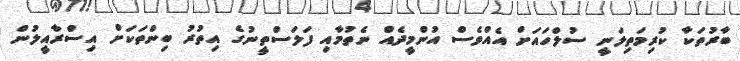
ބާރުތަކާ ކުރިމަތިލަނީ ސުލްހައަށް އެއްވެސް އުންމީދެއް ނެތުމާއި ފަލަސްތީނުގެ އިތުރު ބިންތަކަށް އިސްރާއީލުން